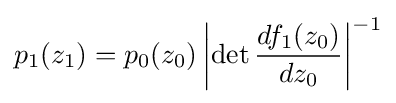
p_{1}(z_{1})=p_{0}(z_{0})\left|\det {\frac {df_{1}(z_{0})}{dz_{0}}}\right|^{-1}